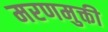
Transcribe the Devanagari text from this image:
मरणमुक्ती